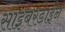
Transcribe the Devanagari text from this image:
साइबरडाईन